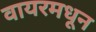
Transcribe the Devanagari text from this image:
वायरमधून